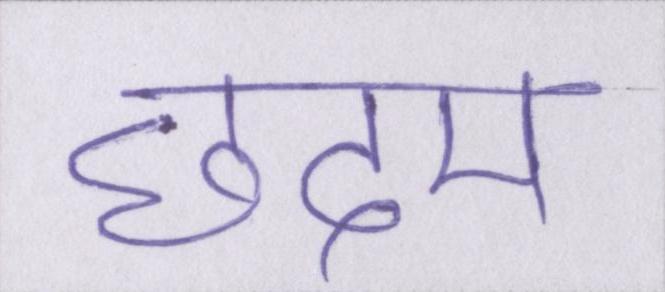
छदम